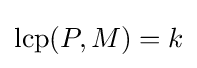
\mathrm {lcp} (P,M)=k